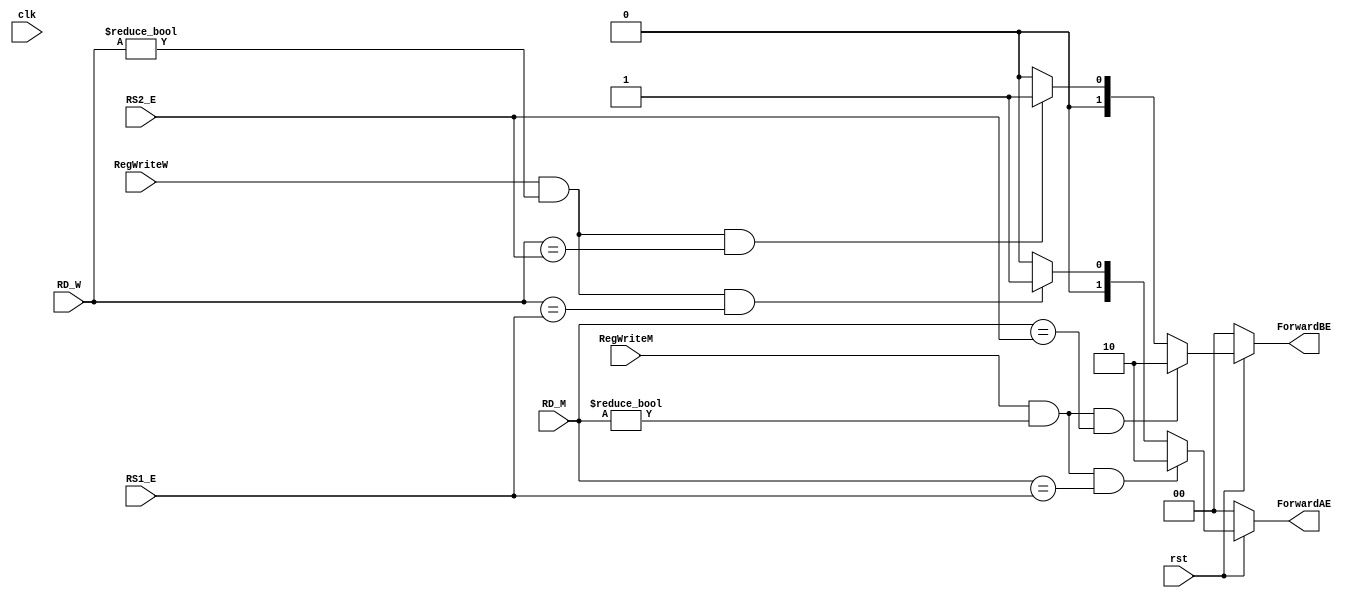
// This program was cloned from: https://github.com/theuppercaseguy/FYP--Risc-V-32-bit-Matrix-Mac
// License: GNU General Public License v3.0

`timescale 1ns / 1ps
//////////////////////////////////////////////////////////////////////////////////
// Company: 
// Engineer: 
// 
// Design Name: 
// Module Name: Hazard_Unit
// Project Name: 
// Target Devices: 
// Tool Versions: 
// Description: 
// 
// Dependencies: 
// 
// Revision:
// Revision 0.01 - File Created
// Additional Comments:
// 
//////////////////////////////////////////////////////////////////////////////////


module Hazard_Unit(
    input clk, rst, RegWriteM, RegWriteW, 
    input [4:0] RD_M, RD_W, RS1_E, RS2_E,
    output [1:0] ForwardAE, ForwardBE
    
    );
    
    assign ForwardAE = ( rst == 1'b0 ) ? 2'b00 :
                       ( ( RegWriteM == 1'b1 ) & (RD_M != 5'h00) &( RD_M == RS1_E) ) ? 2'b10 :
                       ( ( RegWriteW == 1'b1 ) & (RD_W != 5'h00) &( RD_W == RS1_E) ) ? 2'b01 :
                       2'b00 ;
    
    assign ForwardBE = ( rst == 1'b0 ) ? 2'b00 :
                       ( ( RegWriteM == 1'b1 ) & (RD_M != 5'h00) &( RD_M == RS2_E) ) ? 2'b10 :
                       ( ( RegWriteW == 1'b1 ) & (RD_W != 5'h00) &( RD_W == RS2_E) ) ? 2'b01 :
                        2'b00 ;    
    
    
    
    
    
    
    
    
    
endmodule